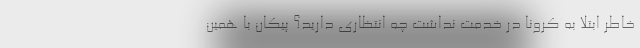
خاطر ابتلا به کرونا در خدمت نداشت چه انتظاری دارید؟ پیکان با همین